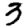
Digit: 3